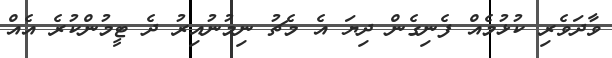
ވާދަވެރި ކުޅުމެއް ފެނިގެން ދިޔަ އެ މެޗު ނިމުނުއިރު ދެ ޓީމުންކުރެ އެއް